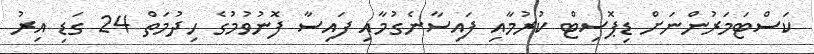
ކަސްޓަމަރުންނަށް ޑިޕޮސިޓް ކުރުމާއި ފައިސާނެގުމާއި ފައިސާ ފޮނުވުމުގެ ހިދުމަތް 24 ގަޑި އިރު